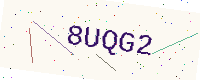
Text: 8UQG2